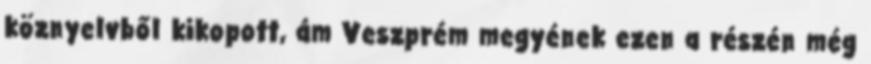
köznyelvből kikopott, ám Veszprém megyének ezen a részén még